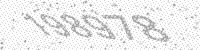
Solution: 198978